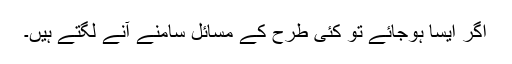
اگر ایسا ہوجائے تو کئی طرح کے مسائل سامنے آنے لگتے ہیں۔